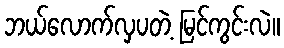
ဘယ်လောက်လှပတဲ့ မြင်ကွင်းလဲ။